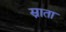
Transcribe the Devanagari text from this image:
स्नाता